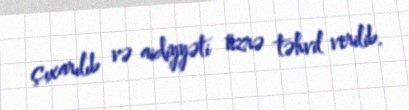
çıxarılıb və aidiyyəti üzrə təhvil verilib.